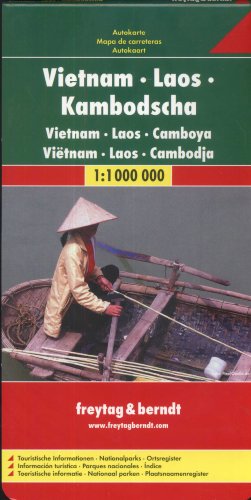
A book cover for Vietnam/Laos/Cambodia; Freytag-Berndt und Artaria; Travel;